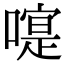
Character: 𠽰